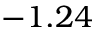
- 1 . 2 4